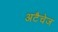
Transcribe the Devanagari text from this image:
अटैचेज